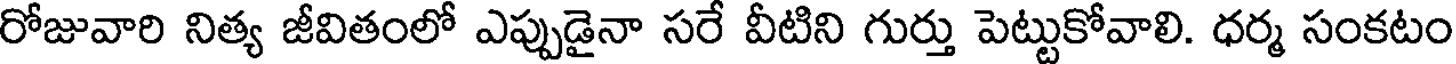
రోజువారి నిత్య జీవితంలో ఎప్పుడైనా సరే వీటిని గుర్తు పెట్టుకోవాలి. ధర్మ సంకటం